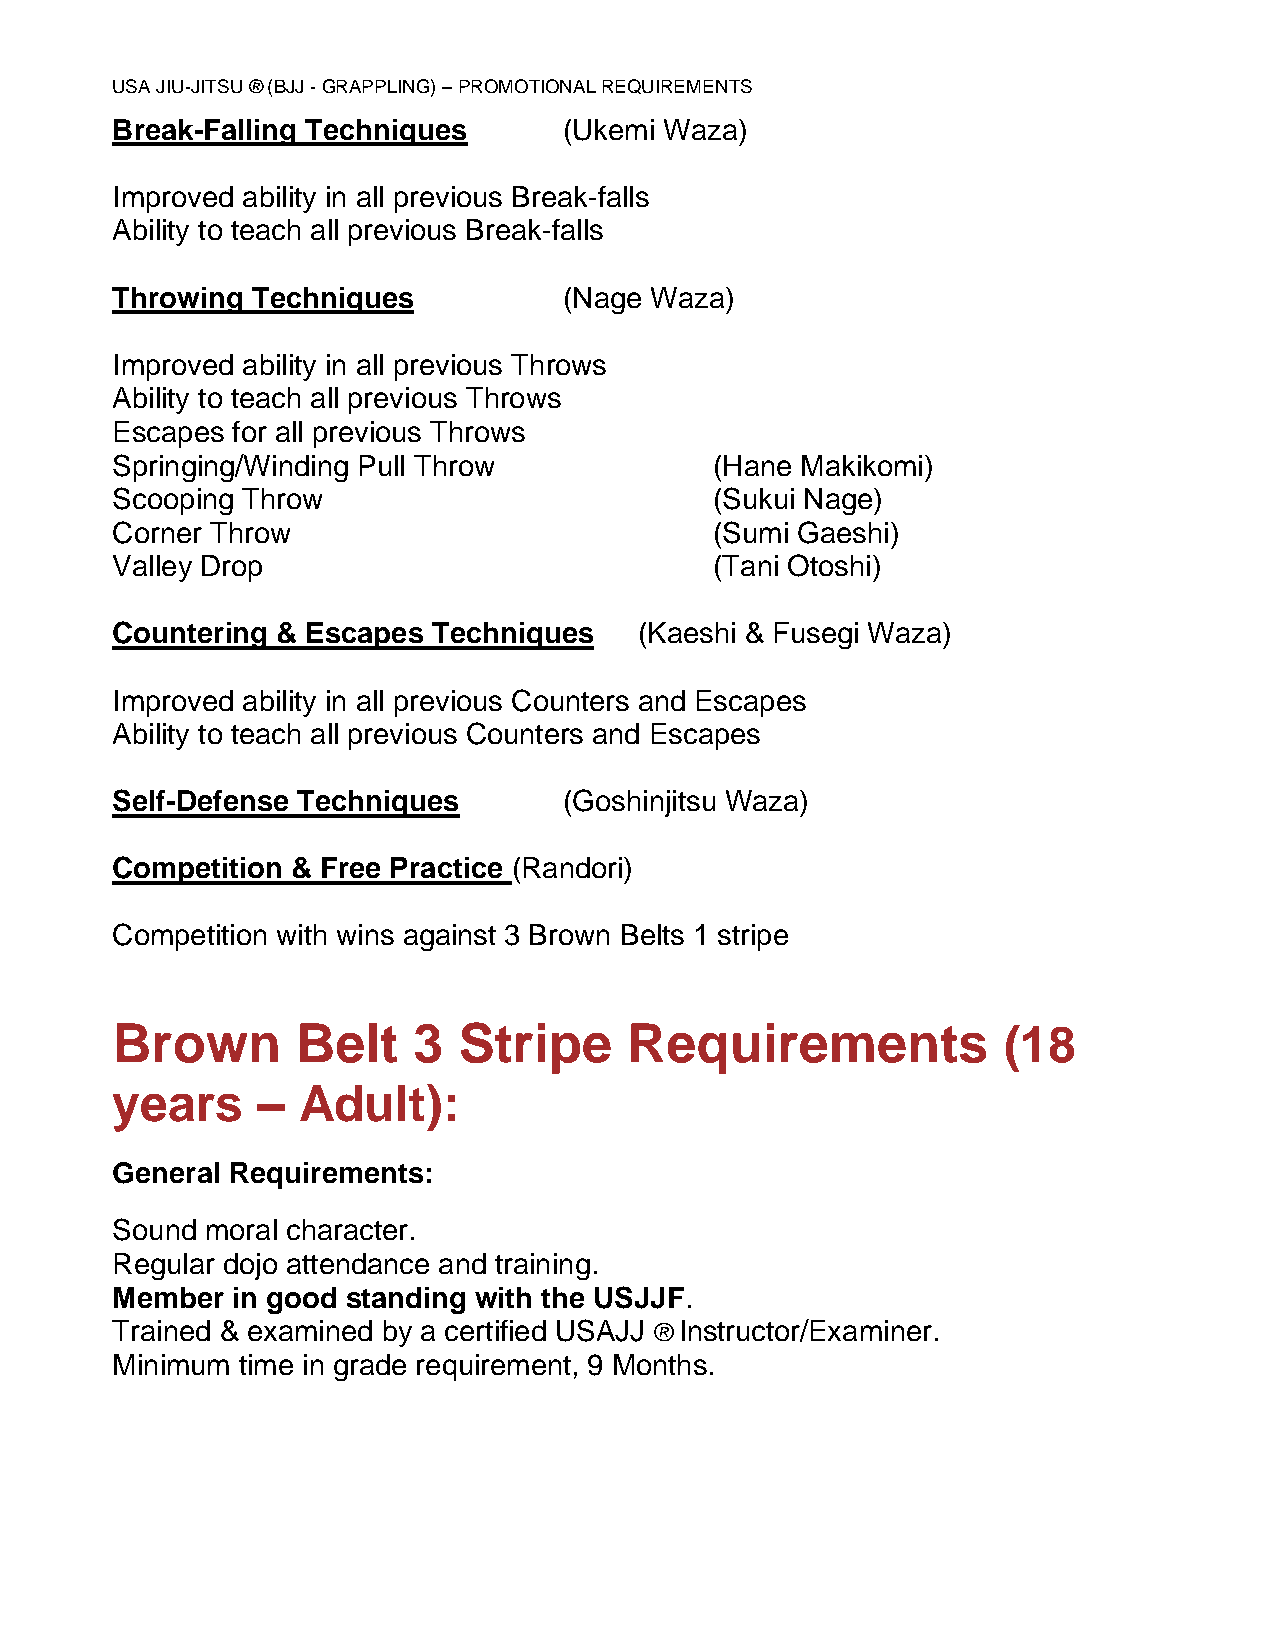
USA JIU-JITSU ® (BJJ - GRAPPLING) – PROMOTIONAL REQUIREMENTS
 Break-Falling Techniques      (Ukemi Waza)
 Improved ability in all previous Break-falls
 Ability to teach all previous Break-falls
 Throwing  Techniques          (Nage Waza)
 Improved ability in all previous Throws
 Ability to teach all previous Throws
 Escapes for all previous Throws
 Springing/Winding Pull Throw            (Hane Makikomi)
 Scooping Throw                          (Sukui Nage)
 Corner Throw                            (Sumi Gaeshi)
 Valley Drop                             (Tani Otoshi)
 Countering & Escapes  Techniques   (Kaeshi & Fusegi Waza)
 Improved ability in all previous Counters and Escapes
 Ability to teach all previous Counters and Escapes
 Self-Defense Techniques       (Goshinjitsu Waza)
 Competition & Free Practice (Randori)
 Competition with wins against 3 Brown Belts 1 stripe
 Brown        Belt   3  Stripe      Requirements            (18
 years     –  Adult):
 General Requirements:
 Sound  moral character.
 Regular dojo attendance and training.
 Member  in good standing with the USJJF.
 Trained & examined by a certified USAJJ ® Instructor/Examiner.
 Minimum  time in grade requirement, 9 Months.